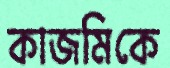
কাজমিকে